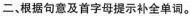
二、根据句意及首字母提示补全单词。